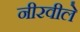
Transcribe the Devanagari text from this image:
नीरवीले